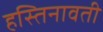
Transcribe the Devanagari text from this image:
हस्तिनावती